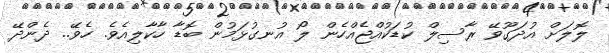
ލޮލަށް އުދަގޫވޭ ރާސިލް ކުޑަކުއްޖެއްހެން ލޯ އުނގުޅަމުން ބޮޑާ ހާކާލިއެވެ. ހެވޭ.. ދެންދޭ